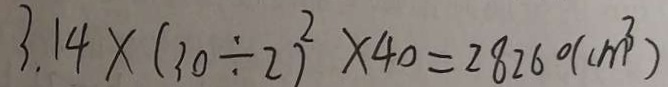
3 . 1 4 \times ( 3 0 \div 2 ) ^ { 2 } \times 4 0 = 2 8 2 6 0 ( c m ^ { 3 } )